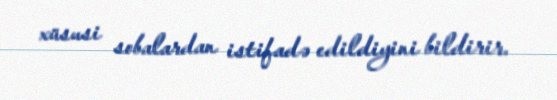
xüsusi sobalardan istifadə edildiyini bildirir.